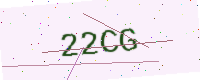
Text: 22CG